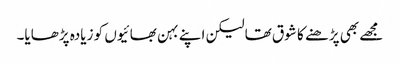
مجھے بھی پڑھنے کا شوق تھا لیکن اپنے بہن بھائیوں کو زیادہ پڑھایا۔